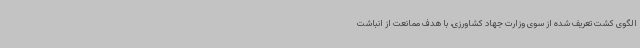
الگوی کشت تعریف شده از سوی وزارت جهاد کشاورزی، با هدف ممانعت از انباشت